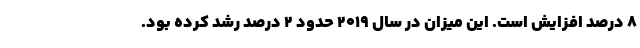
8 درصد افزایش است. این میزان در سال 2019 حدود 2 درصد رشد کرده بود.